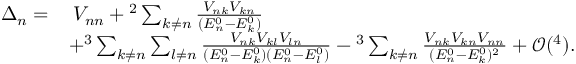
\begin{array} { r l } { \Delta _ { n } = } & { \: \l V _ { n n } + \l ^ { 2 } \sum _ { k \neq n } \frac { V _ { n k } V _ { k n } } { ( E _ { n } ^ { 0 } - E _ { k } ^ { 0 } ) } } \\ & { + \l ^ { 3 } \sum _ { k \neq n } \sum _ { l \neq n } \frac { V _ { n k } V _ { k l } V _ { l n } } { ( E _ { n } ^ { 0 } - E _ { k } ^ { 0 } ) ( E _ { n } ^ { 0 } - E _ { l } ^ { 0 } ) } - \l ^ { 3 } \sum _ { k \neq n } \frac { V _ { n k } V _ { k n } V _ { n n } } { ( E _ { n } ^ { 0 } - E _ { k } ^ { 0 } ) ^ { 2 } } + \mathcal { O } ( \l ^ { 4 } ) . } \end{array}